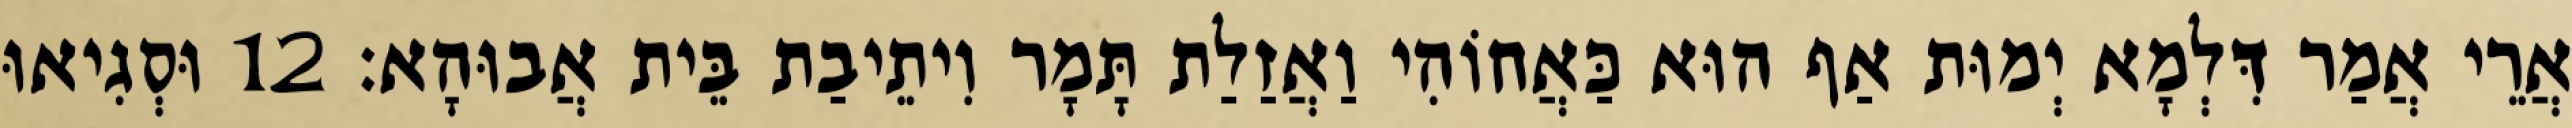
אֲרֵי אֲמַר דִּלְמָא יְמוּת אַף הוּא כַּאֲחוֹהִי וַאֲזַלַת תָּמָר וִיתֵיבַת בֵּית אֲבוּהָא׃ 12 וּסְגִיאוּ